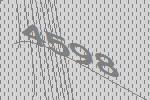
4598